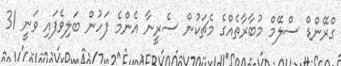
ގްރޭންޑް ސްލޭމް މުބާރާތެއްގެ މެޗަކުން ސެރީނާ އެންމެ ފަހުން ބަލިވެފައި ވަނީ 31